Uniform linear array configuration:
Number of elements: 16
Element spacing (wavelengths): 1
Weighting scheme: hann
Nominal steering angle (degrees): -45
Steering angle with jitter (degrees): -46.542
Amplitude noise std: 0.05
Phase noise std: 0.05

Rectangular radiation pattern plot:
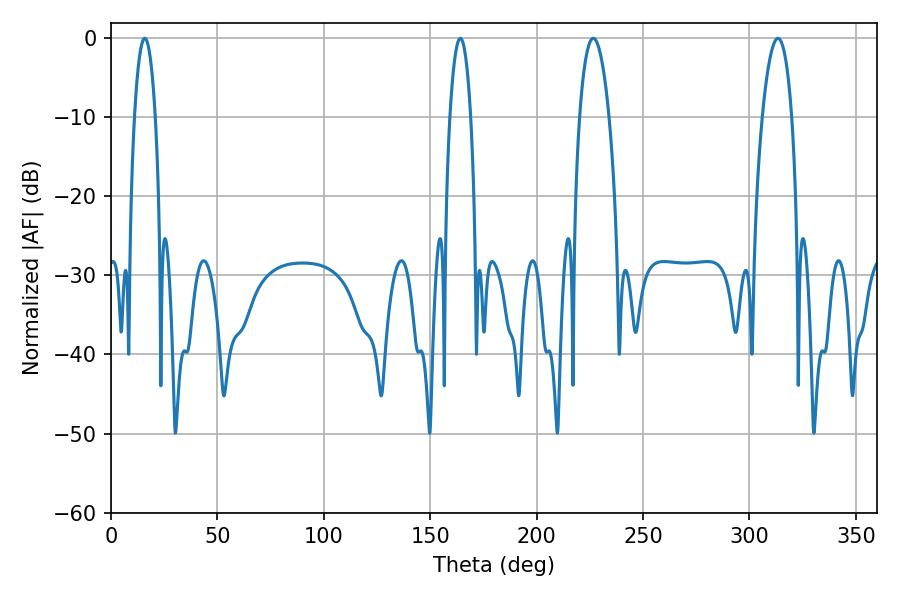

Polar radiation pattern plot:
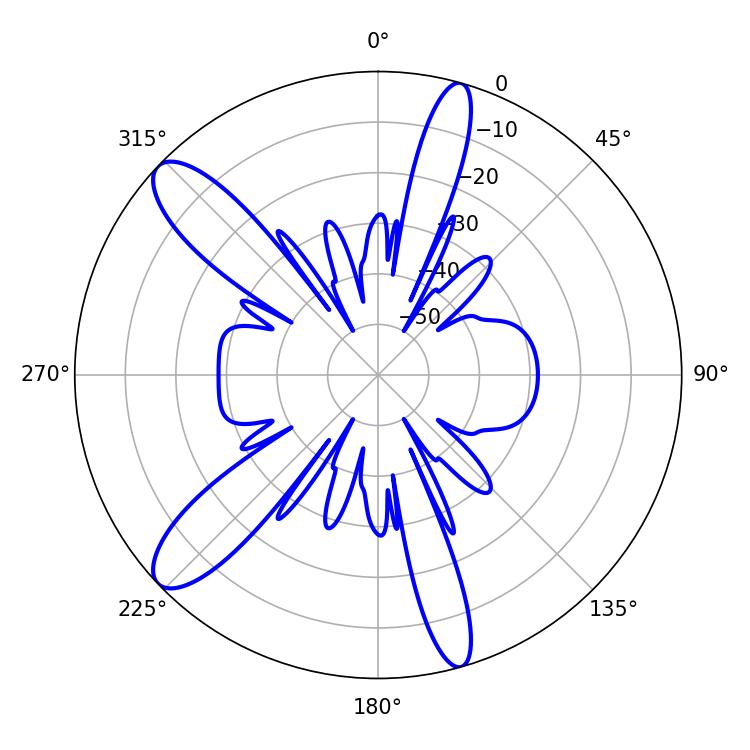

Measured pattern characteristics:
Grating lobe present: TRUE
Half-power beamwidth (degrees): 7.74
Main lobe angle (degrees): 226.62